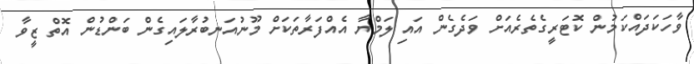
ވާހަކަދައްކަމުން ކޮޓަރީގެތެރެއަށް ވަދެގެން އައި ލަމްޔާ އެއްފަރާތަކަށް މޫނުއަނބުރާލައިގެން ބަންޑުން އޮތް ޒީވާ